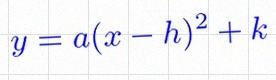
y=a(x-h)^2+k